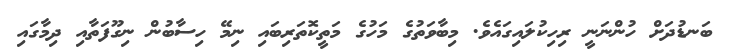
ބަނޑުދަށް ހުންނަނީ ރިހިކުލައިގައެވެ. މިބާވަތުގެ މަހުގެ މަތީކޮތަރިބައި ނިމޭ ހިސާބުން ނިގޫފަތާއި ދިމާގައި